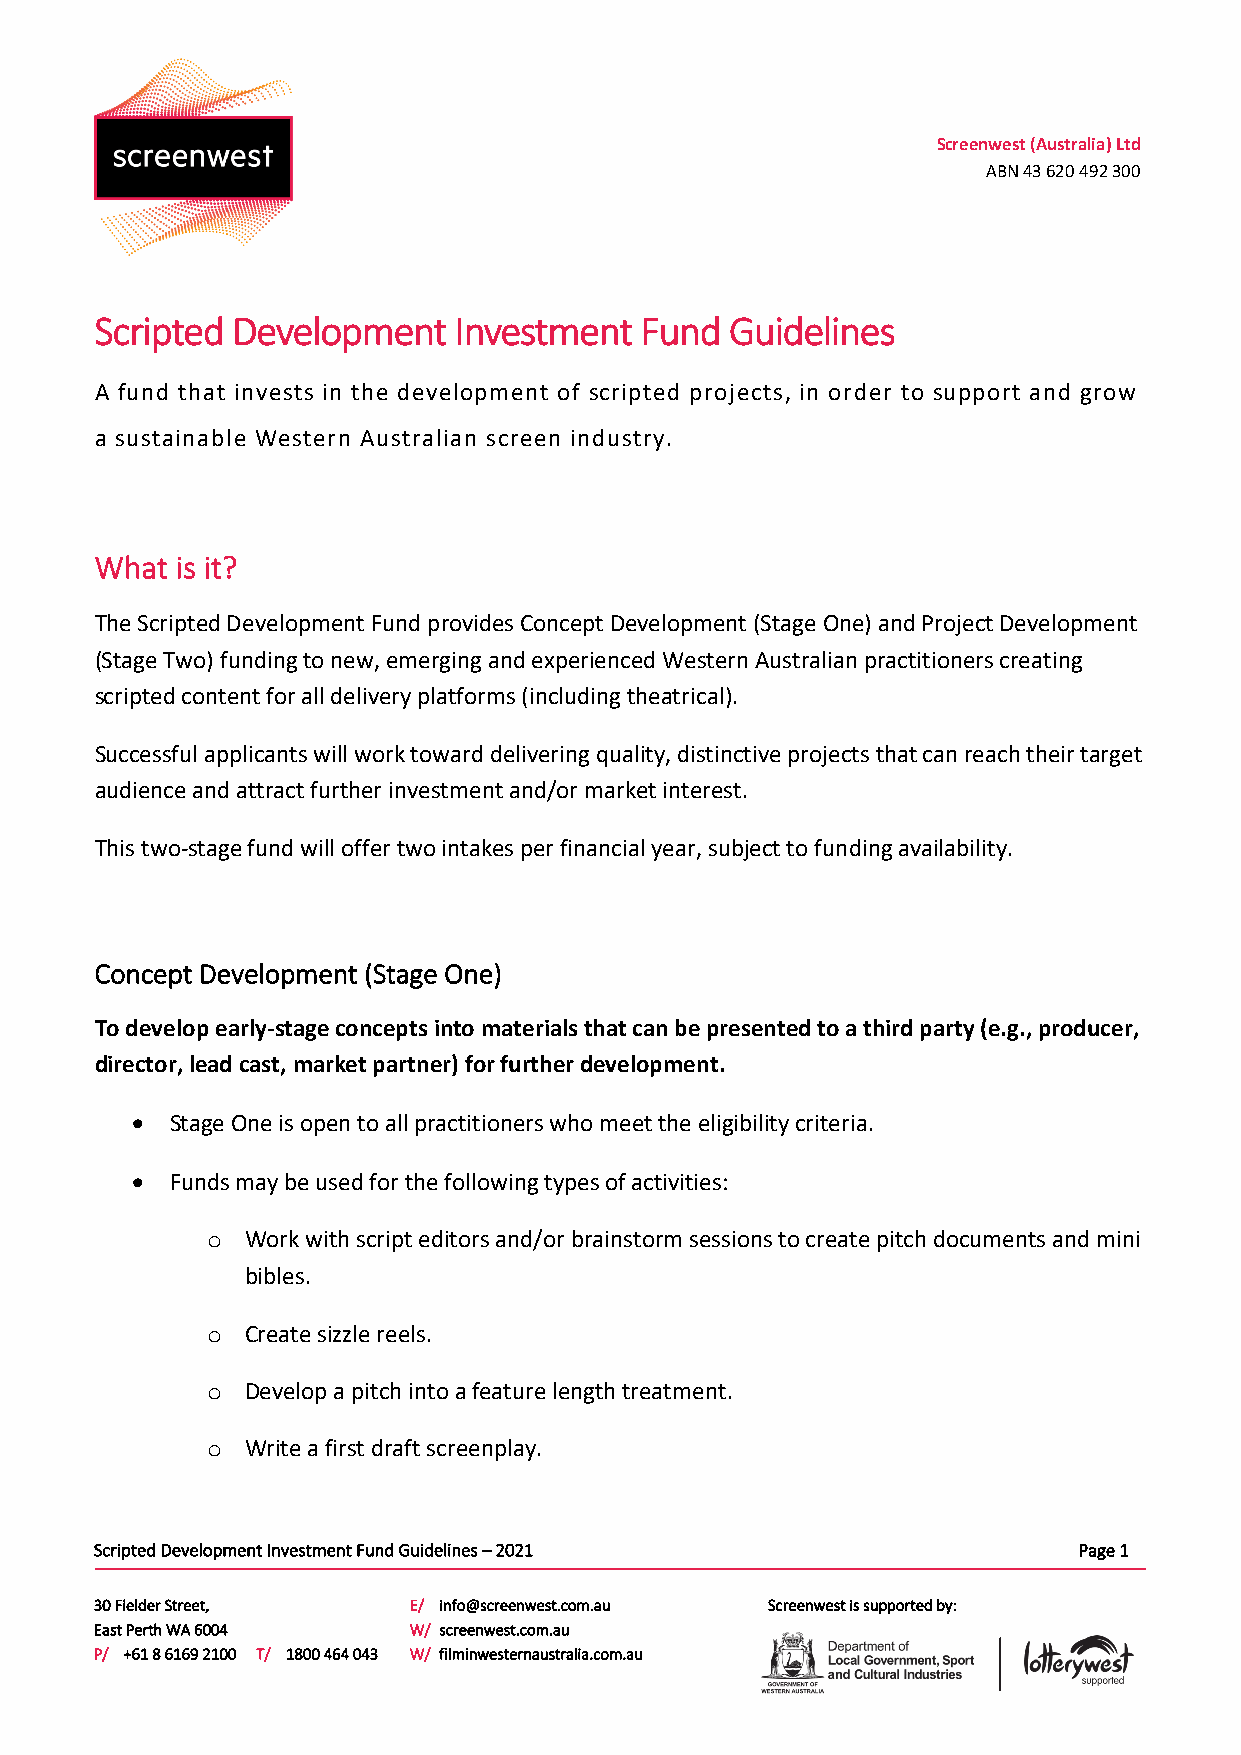
Screenwest (Australia) Ltd
 ABN 43 620 492 300
 Scripted Development    Investment  Fund  Guidelines
 A fund that invests in the development of scripted projects, in order to support and grow
 a sustainable Western Australian screen industry.
 What  is it?
 The Scripted Development Fund provides Concept Development (Stage One) and Project Development
 (Stage Two) funding to new, emerging and experienced Western Australian practitioners creating
 scripted content for all delivery platforms (including theatrical).
 Successful applicants will work toward delivering quality, distinctive projects that can reach their target
 audience and attract further investment and/or market interest.
 This two-stage fund will offer two intakes per financial year, subject to funding availability.
 Concept Development (Stage One)
 To develop early-stage concepts into materials that can be presented to a third party (e.g., producer,
 director, lead cast, market partner) for further development.
 • Stage One is open to all practitioners who meet the eligibility criteria.
 • Funds may be used for the following types of activities:
 Work with script editors and/or brainstorm sessions to create pitch documents and mini
 o
 bibles.
 Create sizzle reels.
 o
 Develop a pitch into a feature length treatment.
 o
 Write a first draft screenplay.
 o
 S c ripted Developmen t Investment Fund Guidelines – 2021        Page 1
 30 Fielder Street,   E/ info@screenwest.com.au Screenwest is supported by:
 East Perth WA 6004   W/ screenwest.com.au
 P/ +61 8 6169 2100 T/ 1800 464 043 W/ filminwesternaustralia.com.au